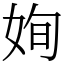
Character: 姰